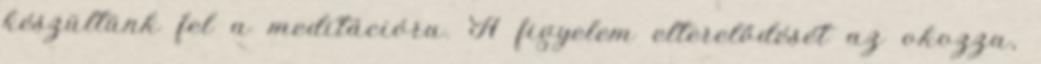
készültünk fel a meditációra. A figyelem elterelődését az okozza,